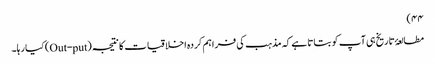
۴۴)
مطالعۂ تاریخ ہی آپ کو بتاتا ہے کہ مذہب کی فراہم کردہ اخلاقیات کا نتیجہ (Out-put) کیا رہا۔